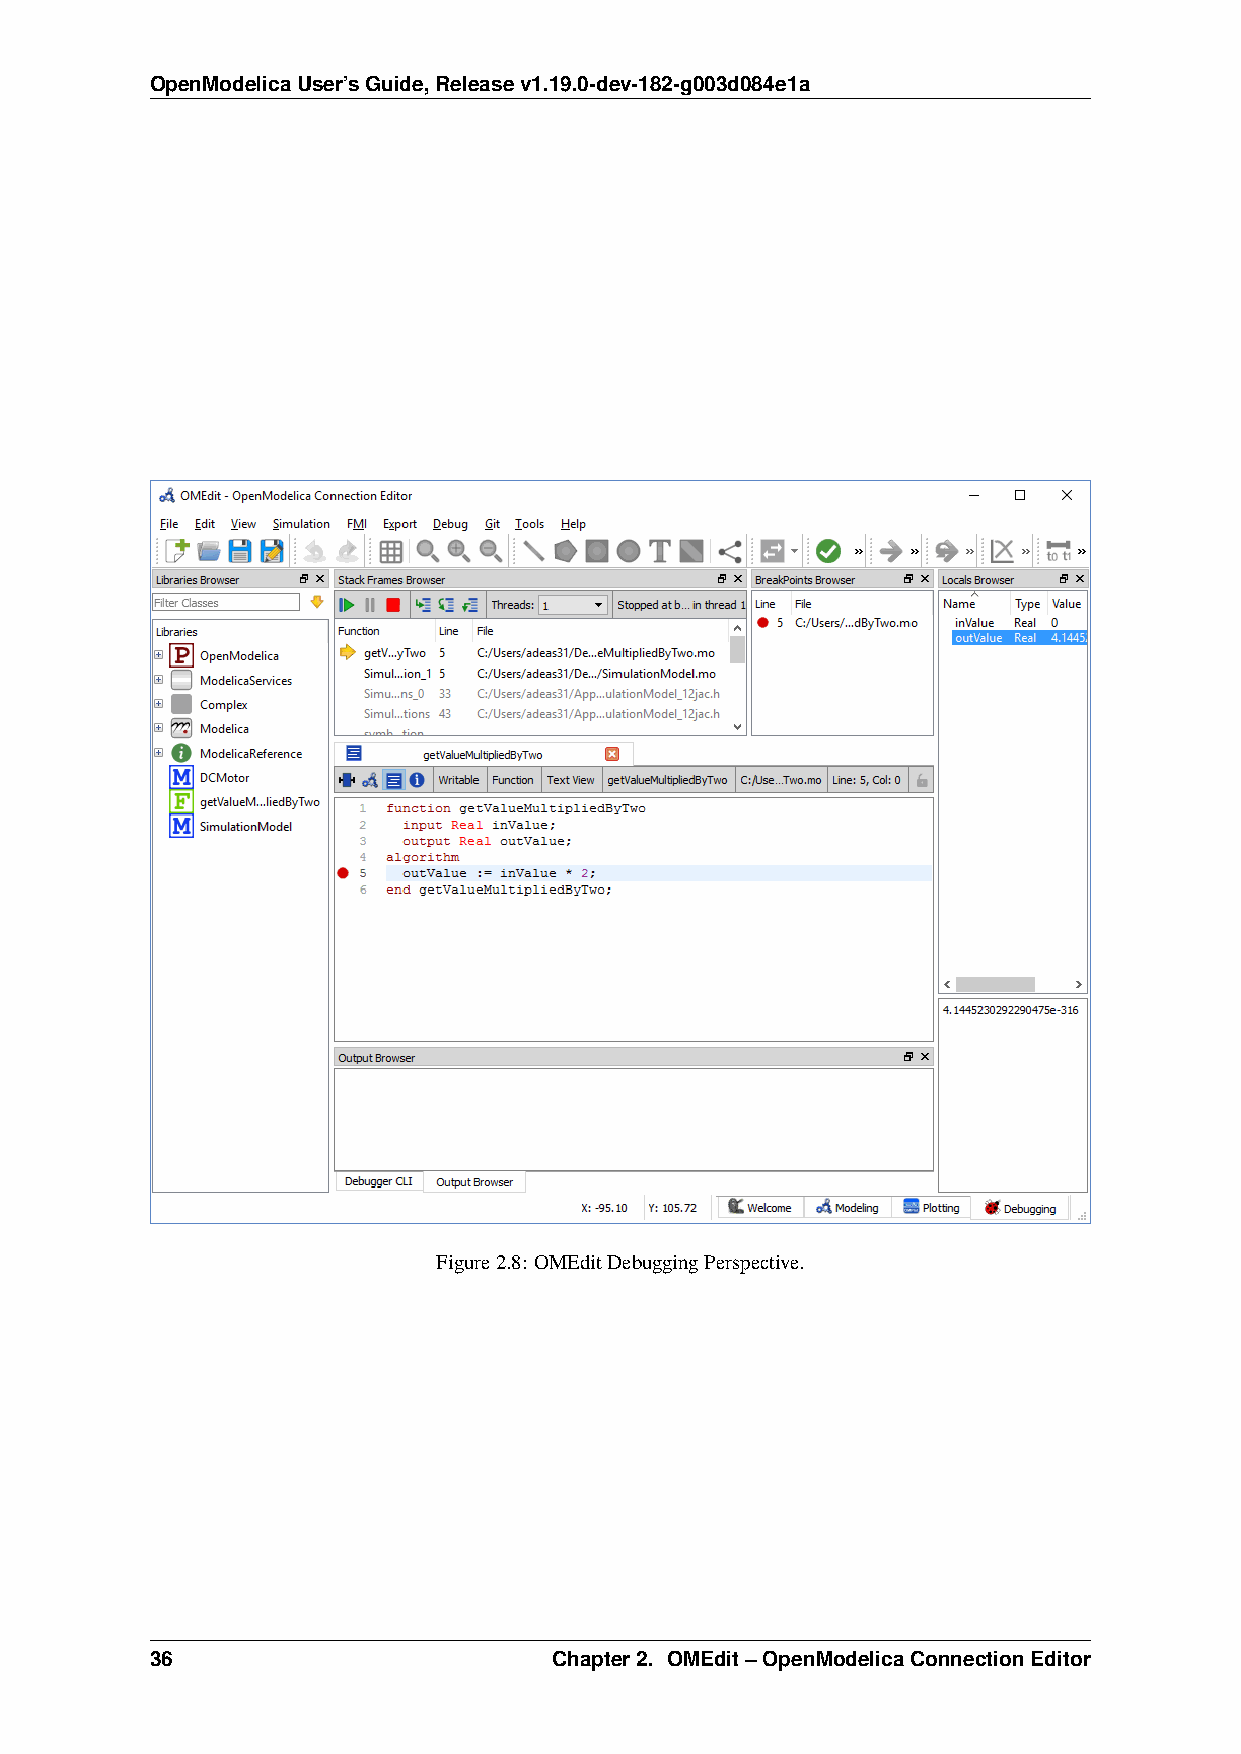
OpenModelicaUser’sGuide,Releasev1.19.0-dev-182-g003d084e1a
 Figure2.8: OMEditDebuggingPerspective.
 36                         Chapter2. OMEdit–OpenModelicaConnectionEditor